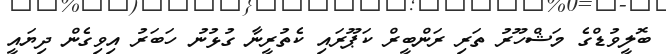
ބޮލީވުޑްގެ މަޝްހޫރު ތަރި ރަންބީރް ކަޕޫރައި ކެތުރީނާ ގުޅުނު ހަބަރު އިވިގެން ދިޔައީ